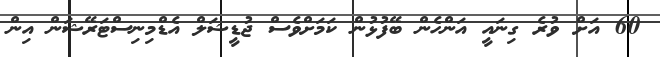
60 އަށް ވުރެ ގިނައީ އަންހެން ބޭފުޅުން ކަމަށްވެސް ޖުޑީޝަލް އެޑްމިނިސްޓަރޭޝަން އިން